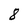
Character: 8